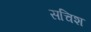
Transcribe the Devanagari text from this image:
सचिश